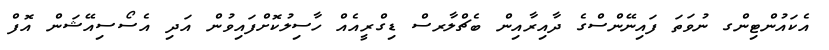
އެކައުންޓިންގ ނުވަތަ ފައިނޭންސްގެ ދާއިރާއިން ބެޗްލާރސް ޑިގްރީއެއް ހާސިލުކޮށްފައިވުން އަދި އެސޯސިއޭޝަން އޮފް